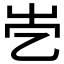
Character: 𡴄